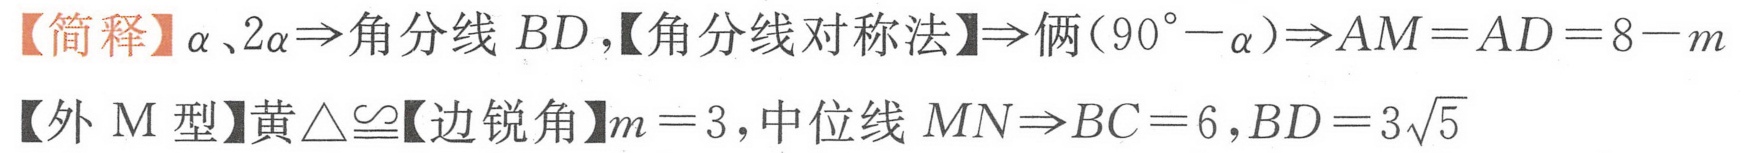
【简释】$\alpha、2\alpha\Rightarrow$角分线 \(BD\)，【角分线对称法】\(\Rightarrow\)俩\((90^{\circ}-\alpha)\Rightarrow AM = AD = 8 - m\)
【外\(M\)型】黄\(\triangle\cong\)【边锐角】\(m = 3\)，中位线 \(MN\Rightarrow BC = 6\)，\(BD = 3\sqrt{5}\)